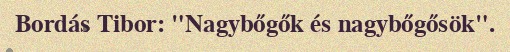
Bordás Tibor: "Nagybőgők és nagybőgősök".